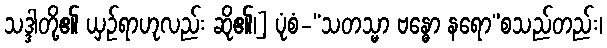
သဒ္ဒါတို့၏ ယှဉ်ရာဟုလည်း ဆို၏၊] ပုံစံ-“သတသ္မာ ဗန္ဓော နရော”စသည်တည်း၊